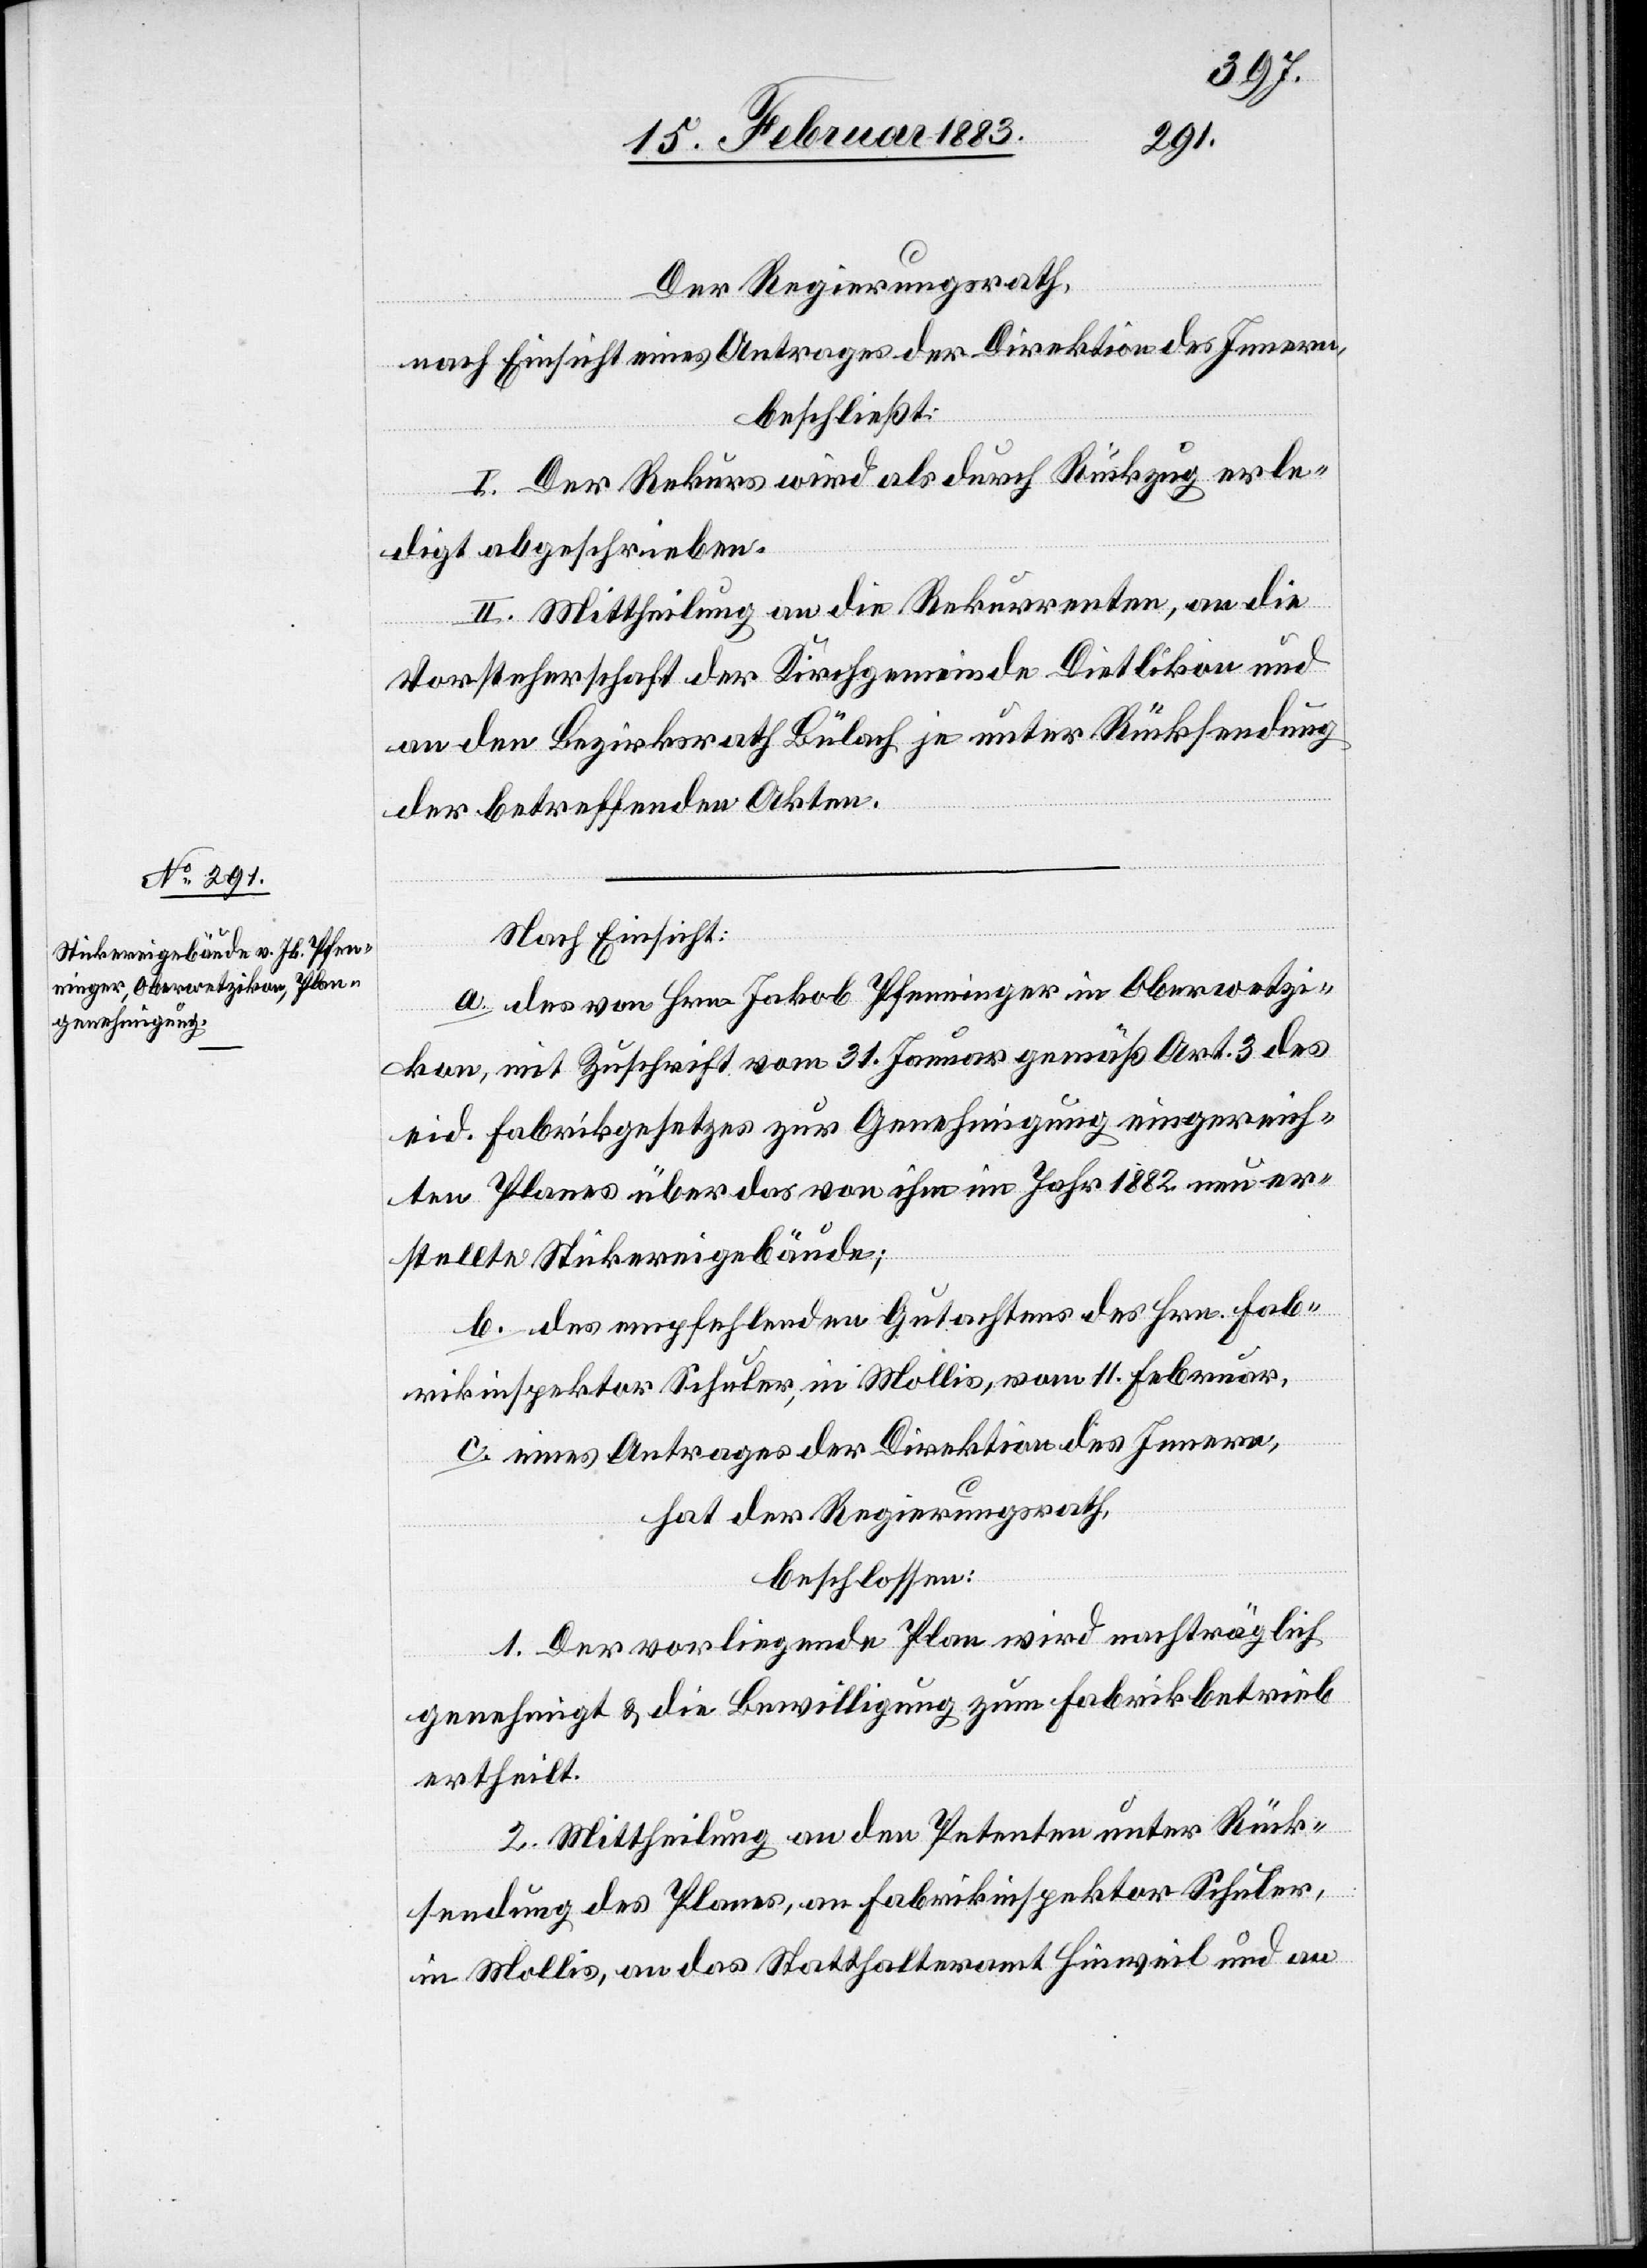
Der Regierungsrath,
nach Einsicht eines Antrages der Direktion des Innern,
beschließt:
I. Der Rekurs wird als durch Rückzug erle¬
digt abgeschrieben.
II. Mittheilung an die Rekurrenten, an die
Vorsteherschaft der Kirchgemeinde Dietlikon und
an den Bezirksrath Bülach je unter Rücksendung
der betreffenden Akten.
Nach Einsicht:
a. des von Hrn. Jakob Pfenninger in Oberwetzi¬
kon, mit Zuschrift vom 31. Januar gemäß Art. 3 des
eid. Fabrikgesetzes zur Genehmigung eingereich¬
ten Planes über das von ihm im Jahr 1882 neu er¬
stellte Stickereigebäude;
b. des empfehlenden Gutachtens des Hrn. Fab¬
rikinspektor Schuler, in Mollis, vom 11. Februar,
c. eines Antrages der Direktion des Innern,
hat der Regierungsrath,
beschlossen:
1. Der vorliegende Plan wird nachträglich
genehmigt & die Bewilligung zum Fabrikbetrieb
ertheilt.
2. Mittheilung an den Petenten unter Rück¬
sendung des Planes, an Fabrikinspektor Schuler,
in Mollis, und das Statthalteramt Hinweil und an